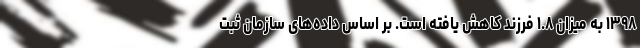
١٣٩٨ به میزان ١.٨ فرزند کاهش یافته است. بر اساس داده‌های سازمان ثبت